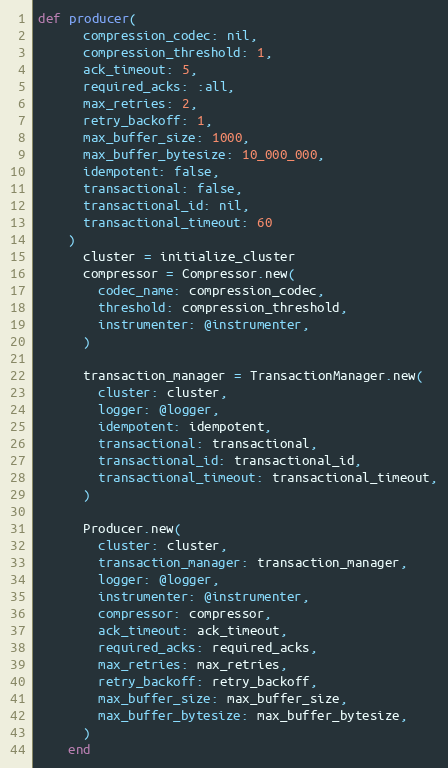
Language: Ruby
def producer(
      compression_codec: nil,
      compression_threshold: 1,
      ack_timeout: 5,
      required_acks: :all,
      max_retries: 2,
      retry_backoff: 1,
      max_buffer_size: 1000,
      max_buffer_bytesize: 10_000_000,
      idempotent: false,
      transactional: false,
      transactional_id: nil,
      transactional_timeout: 60
    )
      cluster = initialize_cluster
      compressor = Compressor.new(
        codec_name: compression_codec,
        threshold: compression_threshold,
        instrumenter: @instrumenter,
      )

      transaction_manager = TransactionManager.new(
        cluster: cluster,
        logger: @logger,
        idempotent: idempotent,
        transactional: transactional,
        transactional_id: transactional_id,
        transactional_timeout: transactional_timeout,
      )

      Producer.new(
        cluster: cluster,
        transaction_manager: transaction_manager,
        logger: @logger,
        instrumenter: @instrumenter,
        compressor: compressor,
        ack_timeout: ack_timeout,
        required_acks: required_acks,
        max_retries: max_retries,
        retry_backoff: retry_backoff,
        max_buffer_size: max_buffer_size,
        max_buffer_bytesize: max_buffer_bytesize,
      )
    end